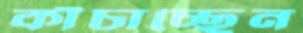
কাঁচাচ্ছেন